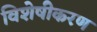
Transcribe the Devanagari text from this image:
विशेषीेकरण